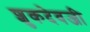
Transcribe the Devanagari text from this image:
शुकदेवजी